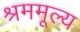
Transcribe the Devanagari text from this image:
श्रममूल्य